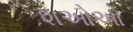
શઓઓ